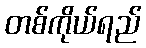
တစ်ကိုယ်ရည်